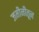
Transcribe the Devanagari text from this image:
जमीनीतून